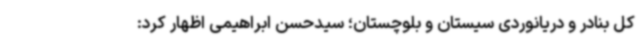
کل بنادر و دریانوردی سیستان و بلوچستان؛ سیدحسن ابراهیمی اظهار کرد: